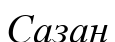
Сазан